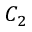
C _ { 2 }